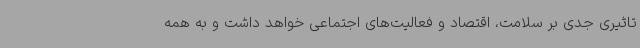
تاثیری جدی بر سلامت، اقتصاد و فعالیت‌های اجتماعی خواهد داشت و به همه